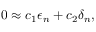
\begin{array} { r } { 0 \approx c _ { 1 } \epsilon _ { n } + c _ { 2 } \delta _ { n } , } \end{array}